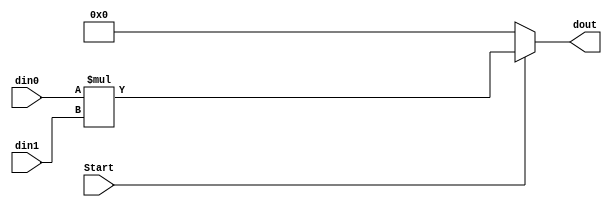
`timescale 1ns / 1ps
//////////////////////////////////////////////////////////////////////////////////
// Company: 
// Engineer: 
// 
// Design Name: 
// Module Name: Multiplicator
// Project Name: 
// Target Devices: 
// Tool Versions: 
// Description: 
// 
// Dependencies: 
// 
// Revision:
// Revision 0.01 - File Created
// Additional Comments:
// 
//////////////////////////////////////////////////////////////////////////////////


module Multiplicator(Start, din0, din1, dout);

    input Start;
    input [3:0] din0, din1;
    output reg [7:0] dout;

    always@(*) begin
        if(Start) dout = (din0 * din1); // Start = 1  Image * Fliter
        else dout = 0; // Latch    
    end
endmodule